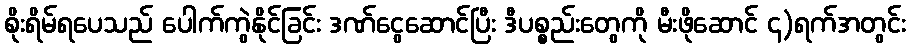
စိုးရိမ်ရပေသည် ပေါက်ကွဲနိုင်ခြင်း ဒဏ်ငွေဆောင်ပြီး ဒီပစ္စည်းတွေကို မီးဖိုဆောင် ၄)ရက်အတွင်း